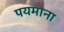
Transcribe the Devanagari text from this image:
पयमाना